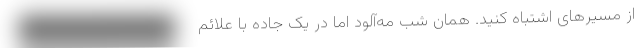
از مسیرهای اشتباه کنید. همان شب مه‌آلود اما‌ در یک جاده با علائم